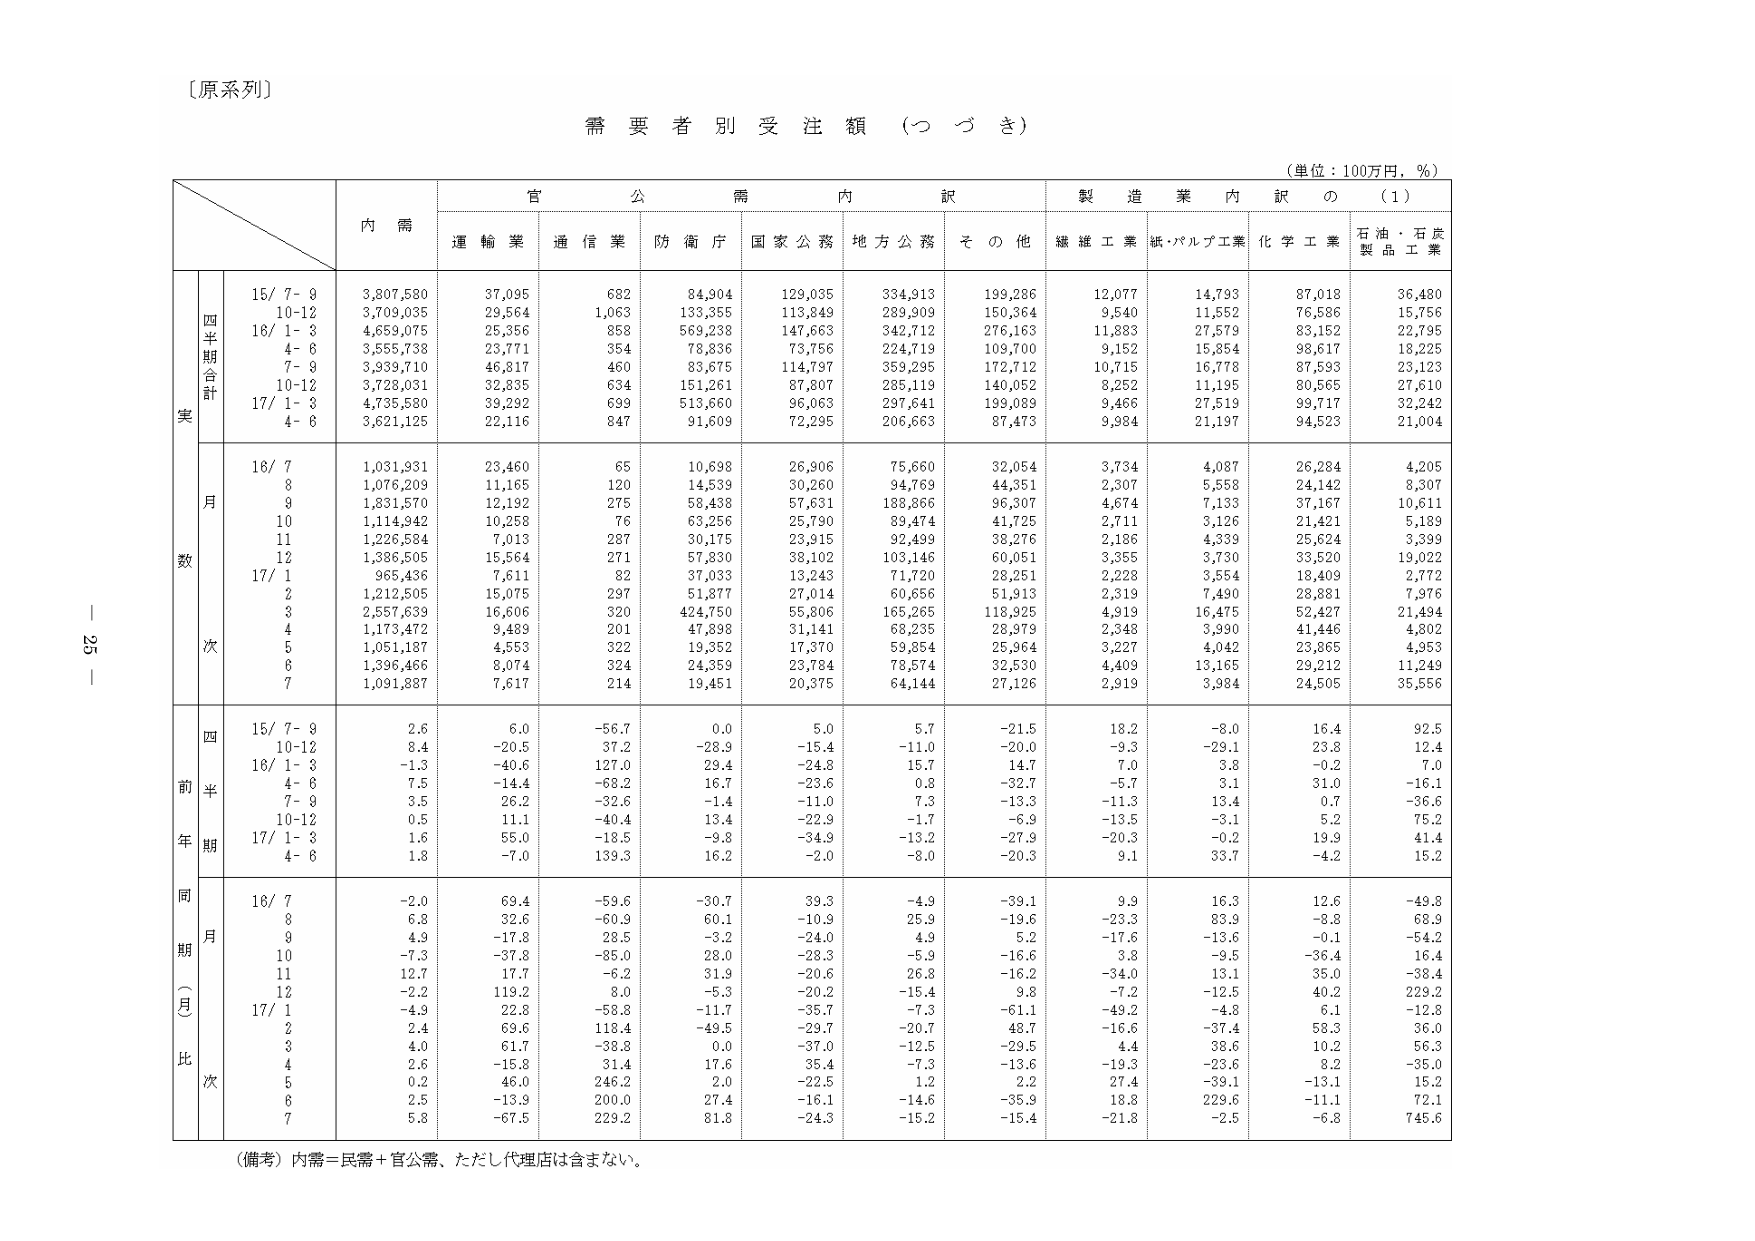
〔原系列〕

需要者別受注額（つづき）

（単位：100万円，％）